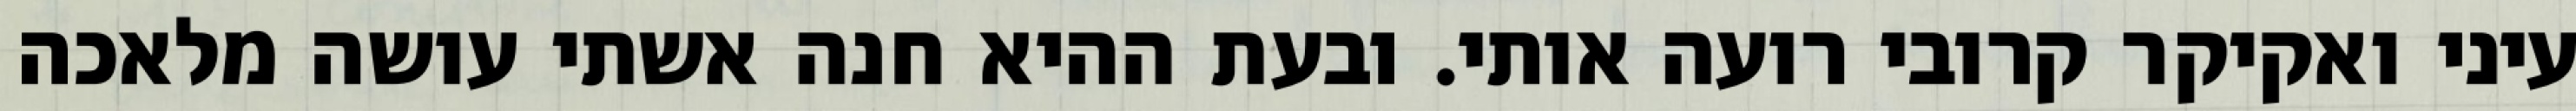
עיני ואקיקר קרובי רועה אותי. ובעת ההיא חנה אשתי עושה מלאכה